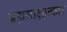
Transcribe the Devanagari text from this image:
ब्रह्मसाक्षात्कार